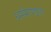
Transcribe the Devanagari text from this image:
धर्ममण्डल